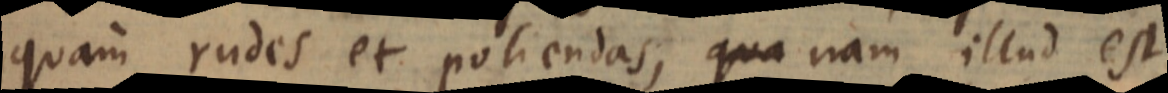
quam rudes et poliendas, qua nam illud est